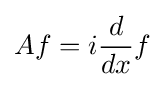
Af=i{\frac {d}{dx}}f